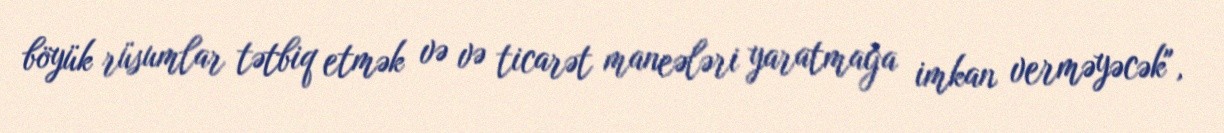
böyük rüsumlar tətbiq etmək və və ticarət maneələri yaratmağa imkan verməyəcək",